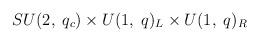
LaTeX: \begin{align*}SU(2, \; q_{c}) \times U(1, \; q)_{L} \times U(1, \; q)_{R}\end{align*}